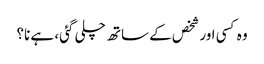
وہ کسی اور شخص کے ساتھ چلی گئی، ہے نا؟